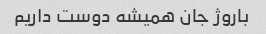
باروژ جان همیشه دوست داریم